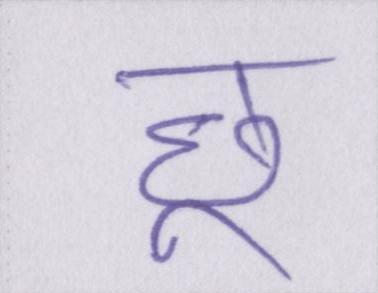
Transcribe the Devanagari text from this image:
छू